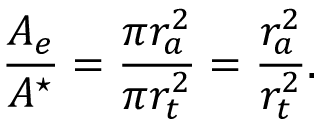
\frac { A _ { e } } { A ^ { \star } } = \frac { \pi r _ { a } ^ { 2 } } { \pi r _ { t } ^ { 2 } } = \frac { r _ { a } ^ { 2 } } { r _ { t } ^ { 2 } } .